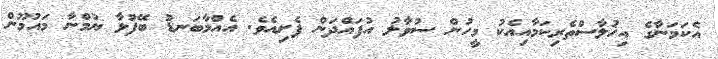
އެކަމަނާގެ އިޚުލާސްތެރިކަމާއިއެކު މީހުން ސުވާލު އުފައްދަން ފެށިއެވެ. އެއްމާބަނޑު ބޭފުޅާ ޔުމްނާ މައުމޫން